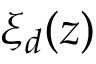
\xi _ { d } ( z )